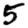
Digit: 5